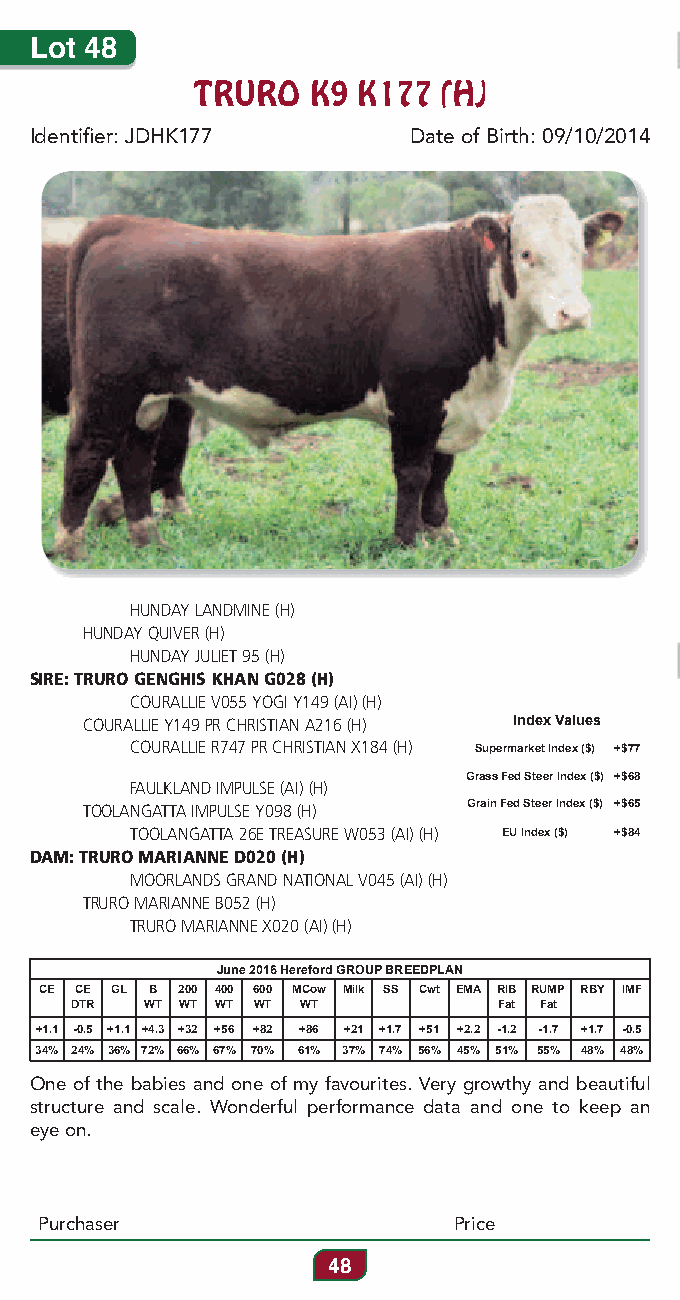
Lot 48
 TRURO  K9  K177 (H)
 Identifier: JDHK177      Date of Birth: 09/10/2014
 HUNDAY LANDMINE (H)
 HUNDAY QUIVER (H)
 HUNDAY JULIET 95 (H)
 SIRE: TRURO GENGHIS KHAN G028 (H)
 COURALLIE V055 YOGI Y149 (AI) (H)
 COURALLIE Y149 PR CHRISTIAN A216 (H) Index Values
 COURALLIE R747 PR CHRISTIAN X184 (H) Supermarket Index ($) +$77
 Grass Fed Steer Index ($) +$68
 FAULKLAND IMPULSE (AI) (H)
 TOOLANGATTA IMPULSE Y098 (H) Grain Fed Steer Index ($) +$65
 TOOLANGATTA 26E TREASURE W053 (AI) (H) EU Index ($) +$84
 DAM: TRURO MARIANNE D020 (H)
 MOORLANDS GRAND NATIONAL V045 (AI) (H)
 TRURO MARIANNE B052 (H)
 TRURO MARIANNE X020 (AI) (H)
 June 2016 Hereford GROUP BREEDPLAN
 CE CE GL B 200 400 600 MCow Milk SS Cwt EMA RIB RUMP RBY IMF
 DTR  WT WT WT WT WT         Fat Fat
 +1.1 -0.5 +1.1 +4.3 +32 +56 +82 +86 +21 +1.7 +51 +2.2 -1.2 -1.7 +1.7 -0.5
 34% 24% 36% 72% 66% 67% 70% 61% 37% 74% 56% 45% 51% 55% 48% 48%
 One of the babies and one of my favourites. Very growthy and beautiful
 structure and scale. Wonderful performance data and one to keep an
 eye on.
 Purchaser                  Price
 48